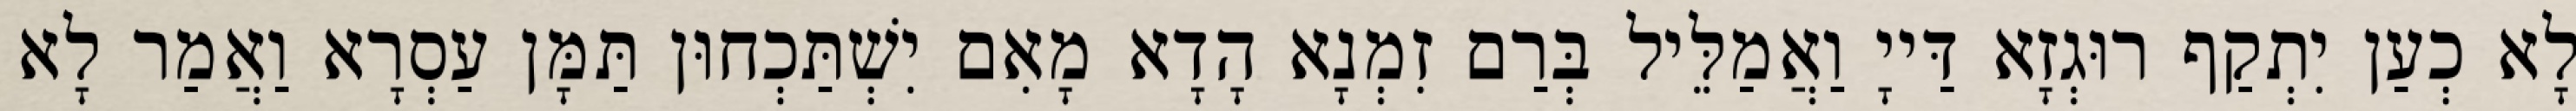
לָא כְעַן יִתְקַף רוּגְזָא דַּייָ וַאֲמַלֵּיל בְּרַם זִמְנָא הָדָא מָאִם יִשְׁתַּכְחוּן תַּמָּן עַסְרָא וַאֲמַר לָא